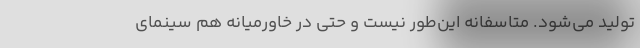
تولید می‌شود. متاسفانه این‌طور نیست و حتی در خاورمیانه هم سینمای